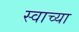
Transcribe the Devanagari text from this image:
स्वाच्या